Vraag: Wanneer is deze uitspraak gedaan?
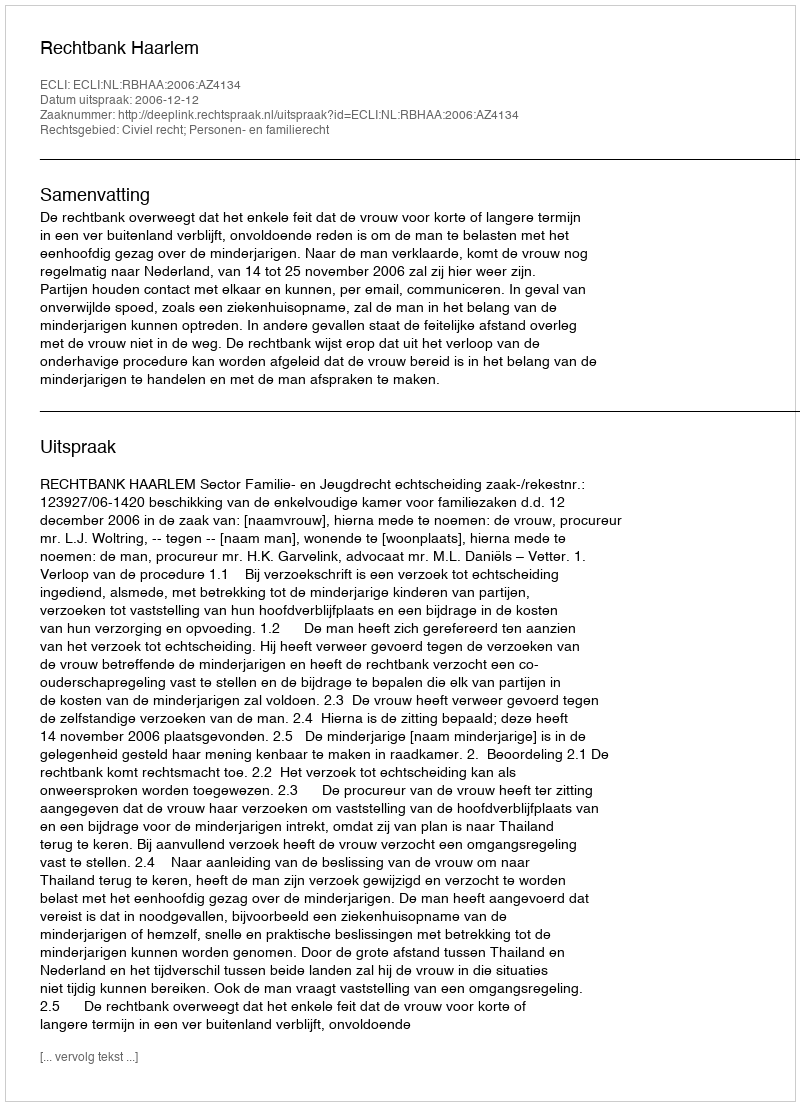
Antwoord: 2006-12-12